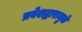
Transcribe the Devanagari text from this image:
प्रवेशद्वारामुळे